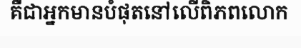
គឺជាអ្នកមានបំផុតនៅលើពិភពលោក